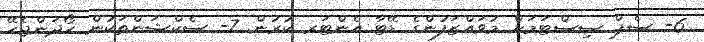
6- ސެޕް ސިސްޓަމަށް މުވައްޒަފުންގެ ޑޭޓާ އެންޓަރ ކުރުން. 7- ސެކްޝަންތަކުން ހޯދަންޖެހޭ